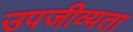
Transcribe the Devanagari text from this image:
उपजीव्यता